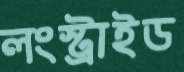
লংস্ট্রাইড